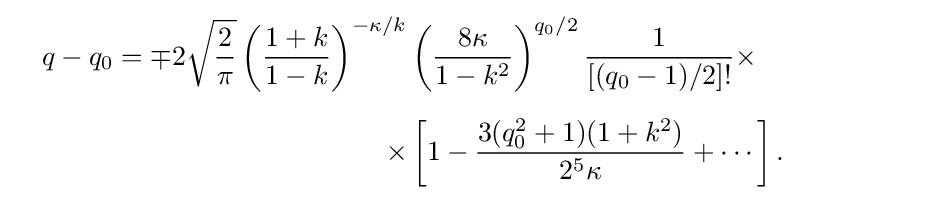
{\begin{aligned}&&q-q_{0}=\mp 2{\sqrt {\frac {2}{\pi }}}\left({\frac {1+k}{1-k}}\right)^{-\kappa /k}\left({\frac {8\kappa }{1-k^{2}}}\right)^{q_{0}/2}{\frac {1}{[(q_{0}-1)/2]!}}\times \qquad \qquad \qquad \\[6pt]&&\times \left[1-{\frac {3(q_{0}^{2}+1)(1+k^{2})}{2^{5}\kappa }}+\cdots \right].\qquad \qquad \quad \end{aligned}}